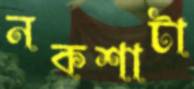
নকশাটা